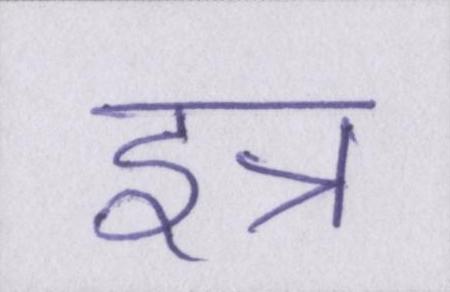
इत्र